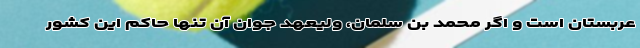
عربستان است و اگر محمد بن سلمان، ولیعهد جوان آن تنها حاکم این کشور